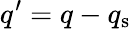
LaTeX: q^{\prime}=q-q_{\mathrm{s}}